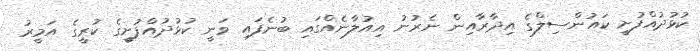
ކުޅުދުއްފުށީ ކައުންސިލްގެ އިދާރާއިން ނެެރުނު އިއުލާނެއްގައި ބުނެފައި ވަނީ ކުޅުދުއްފުށީގެ ކުރީގެ އަމީރު